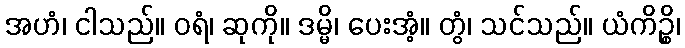
အဟံ၊ ငါသည်။ ဝရံ၊ ဆုကို။ ဒမ္မိ၊ ပေးအံ့။ တွံ၊ သင်သည်။ ယံကိဉ္စိ၊